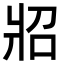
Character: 㸛